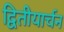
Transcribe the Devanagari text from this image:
द्वितीयार्चन